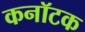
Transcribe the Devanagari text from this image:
कनॉटक